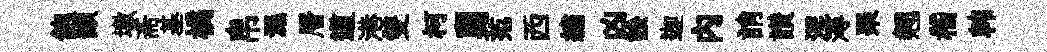
飽顓墩斋基橘帛濕層道港雙柯舅范西繡凶訟迦内誚讃涅潯琹翹嵇韩